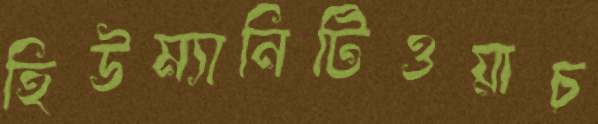
হিউম্যানিটিওয়াচ